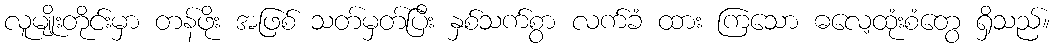
လူမျိုးတိုင်းမှာ တန်ဖိုး အဖြစ် သတ်မှတ်ပြီး နှစ်သက်စွာ လက်ခံ ထား ကြသော ဓလေ့ထုံးစံတွေ ရှိသည်။